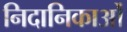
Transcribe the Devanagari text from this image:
निदानिकाओं